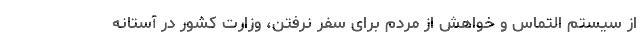
از سیستم التماس و خواهش از مردم برای سفر نرفتن، وزارت کشور در آستانه